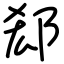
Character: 郄